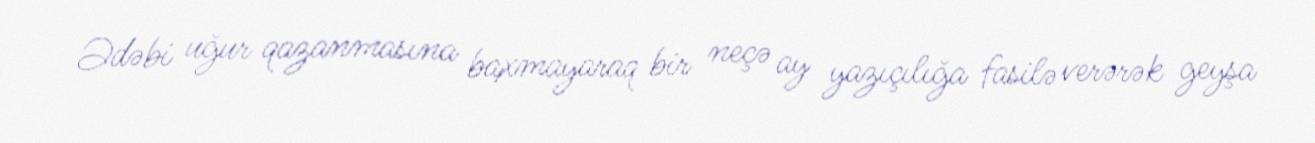
Ədəbi uğur qazanmasına baxmayaraq bir neçə ay yazıçılığa fasilə verərək geyşa